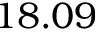
1 8 . 0 9